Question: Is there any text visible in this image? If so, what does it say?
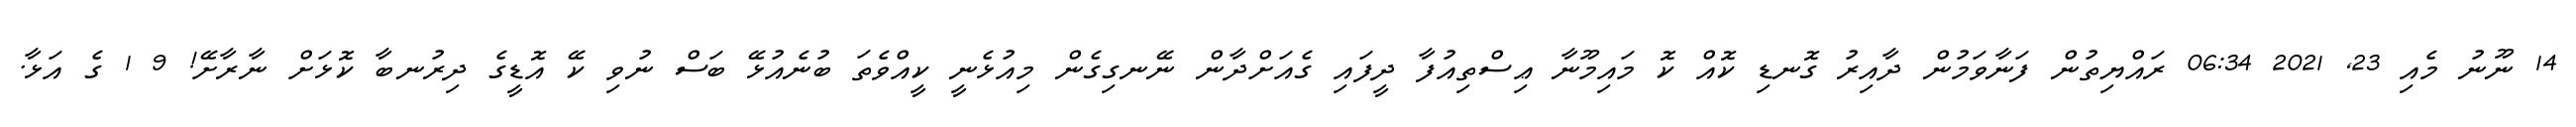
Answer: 14 ނޫނު މެއި 23, 2021 06:34 ރައްޔިތުން ފަނާވަމުން ދާއިރު ގޮނޑި ކޮއް ކޮ މައިމޫނާ ޢިސްތިއުފާ ދީފައި ގެއަށްދާން ނޭނގިގެން މިއުޅެނީ ކީއްވެތަ ބުނެއުޅޭ ބަސް ނުވި ކޭ އޮޑީގެ ދިރުނބާ ކޮޅަށް ނާރާށޭ! 9 1 ގެ އަޅާ.